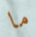
ما